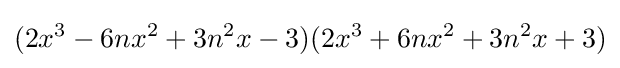
(2x^{3}-6nx^{2}+3n^{2}x-3)(2x^{3}+6nx^{2}+3n^{2}x+3)